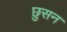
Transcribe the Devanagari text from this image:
छुसन